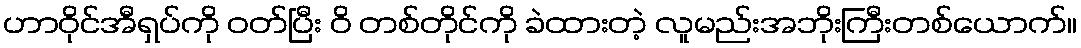
ဟာဝိုင်အီရှပ်ကို ဝတ်ပြီး ဝိ တစ်တိုင်ကို ခဲထားတဲ့ လူမည်းအဘိုးကြီးတစ်ယောက်။